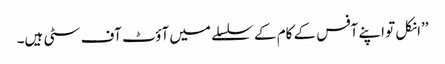
’’انکل تو اپنے آفس کے کام کے سلسلے میں آؤٹ آف سٹی ہیں۔